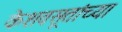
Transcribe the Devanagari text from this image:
केशवसूतांच्या